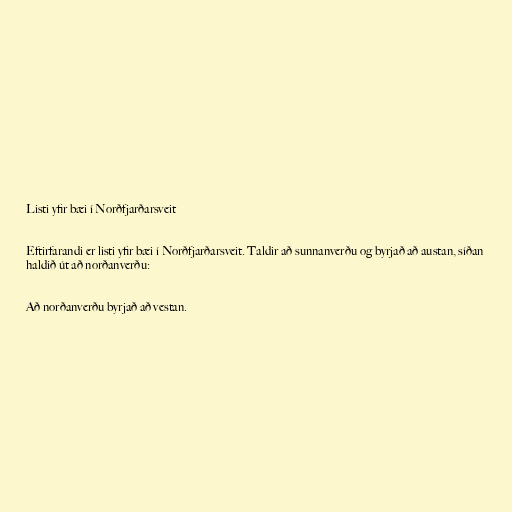
Listi yfir bæi í Norðfjarðarsveit

Eftirfarandi er listi yfir bæi í Norðfjarðarsveit. Taldir að sunnanverðu og byrjað að austan, síðan
haldið út að norðanverðu:

Að norðanverðu byrjað að vestan.